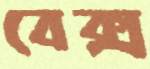
বেক্স